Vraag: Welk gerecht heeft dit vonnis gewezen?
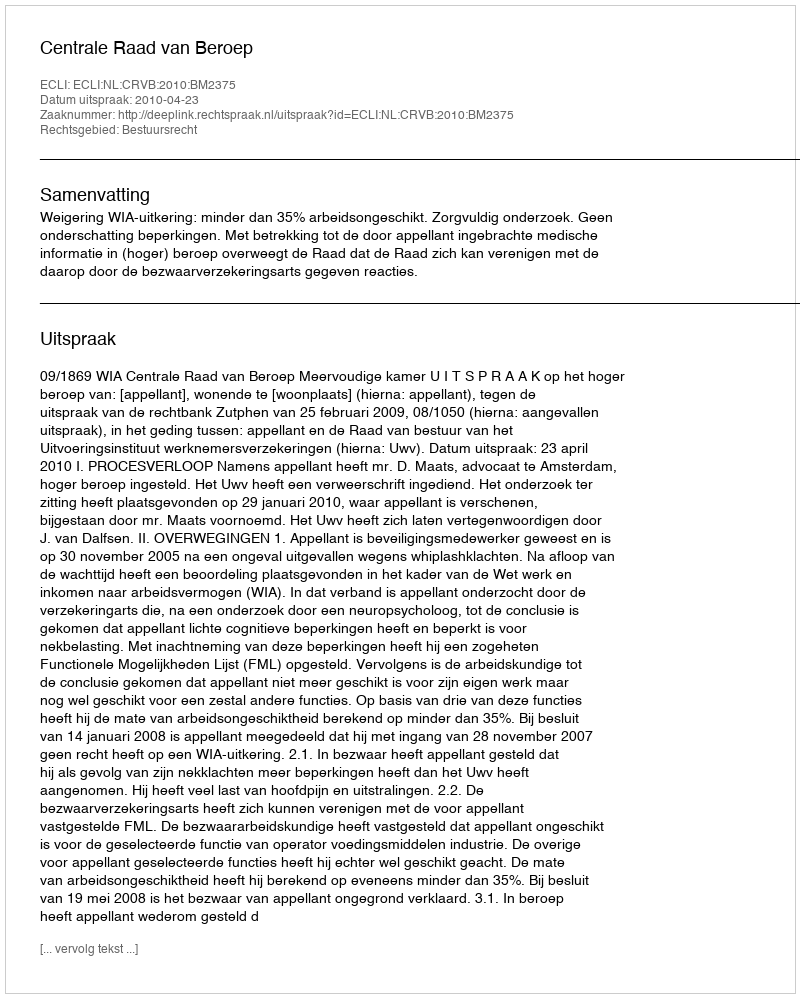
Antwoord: Centrale Raad van Beroep